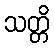
သတ္တိ